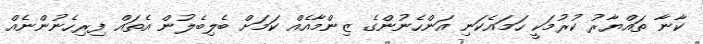
ކާނާ ތައްޔާރު ކުރުމަކީ ހަމައެކަނި އަންހެނުންގެ ޒިންމާއެއް ކަމަށް ބެލިބެލުން އެތައް ފިރިހެނުންނެއް